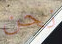
نحن